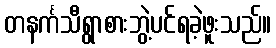
တနင်္ကသီရွာစားဘွဲ့ပင်ရခဲ့ဖူးသည်။